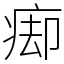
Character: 㾡